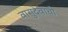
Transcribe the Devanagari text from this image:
वासुदेवांची